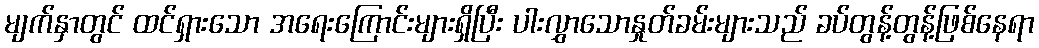
မျက်နှာတွင် ထင်ရှားသော အရေးကြောင်းများရှိပြီး ပါးလွှာသောနှုတ်ခမ်းများသည် ခပ်တွန့်တွန့်ဖြစ်နေရာ